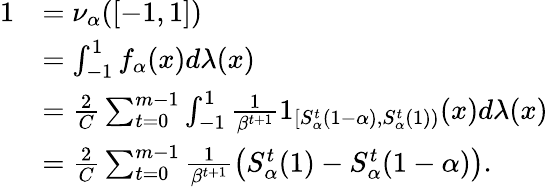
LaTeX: \begin{array}{rl}{1}&{=\nu_{\alpha}([-1,1])}\\ &{=\int_{-1}^{1}f_{\alpha}(x)d\lambda(x)}\\ &{=\frac 2C\sum_{t=0}^{m-1}\int_{-1}^{1}\frac 1{\beta^{t+1}}1_{[S_{\alpha}^{t}(1-\alpha),S_{\alpha}^{t}(1))}(x)d\lambda(x)}\\ &{=\frac 2C\sum_{t=0}^{m-1}\frac 1{\beta^{t+1}}\left(S_{\alpha}^{t}(1)-S_{\alpha}^{t}(1-\alpha)\right).}\end{array}